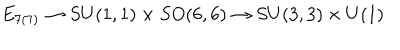
E _ { 7 ( 7 ) } \to S U ( 1 , 1 ) \times S O ( 6 , 6 ) \to S U ( 3 , 3 ) \times U ( 1 )